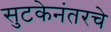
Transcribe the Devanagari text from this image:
सुटकेनंतरचे